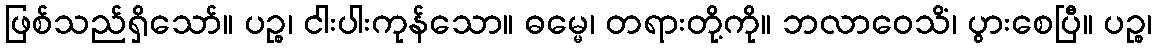
ဖြစ်သည်ရှိသော်။ ပဉ္စ၊ ငါးပါးကုန်သော။ ဓမ္မေ၊ တရားတို့ကို။ ဘလာဝေသိံ၊ ပွားစေပြီ။ ပဉ္စ၊